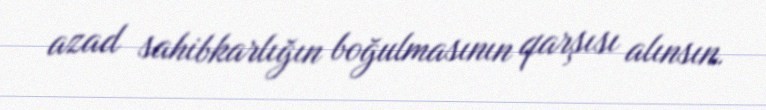
azad sahibkarlığın boğulmasının qarşısı alınsın.